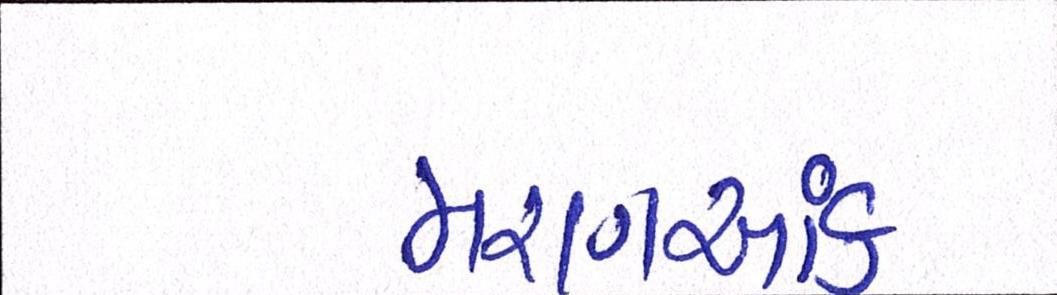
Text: મરણઆંક